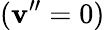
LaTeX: (\mathbf{v}^{\prime\prime}=0)